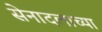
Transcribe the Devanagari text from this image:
सेनादलाच्या